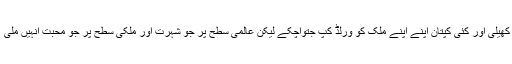
کرکٹ بہت سارے لوگوں نے کھیلی اور کئی کپتان اپنے اپنے ملک کو ورلڈ کپ جتواچکے لیکن عالمی سطح پر جو شہرت اور ملکی سطح پر جو محبت انہیں ملی ٗ کسی اور کرکٹر کو نہیں ملی۔